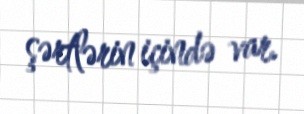
şərtlərin içində var.